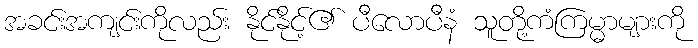
အခင်းအကျင်းကိုလည်း နိုင်နိုင့်၏ ပီလောပီနံ သူတို့ကံကြမ္မာများကို